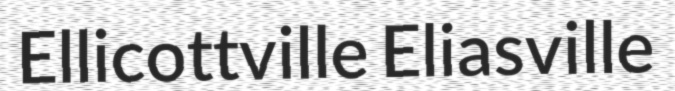
Ellicottville Eliasville